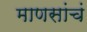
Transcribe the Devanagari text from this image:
माणसांचं